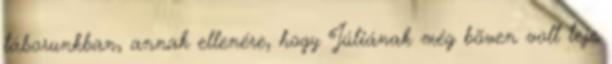
táborunkban, annak ellenére, hogy Júliának még bõven volt teje